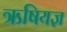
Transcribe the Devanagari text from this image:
ऋषियज्ञ